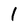
Character: 1